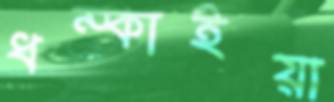
ধম্‌কাইয়া